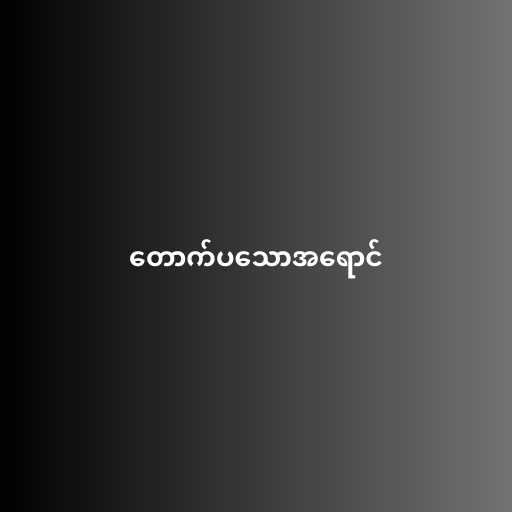
တောက်ပသောအရောင်